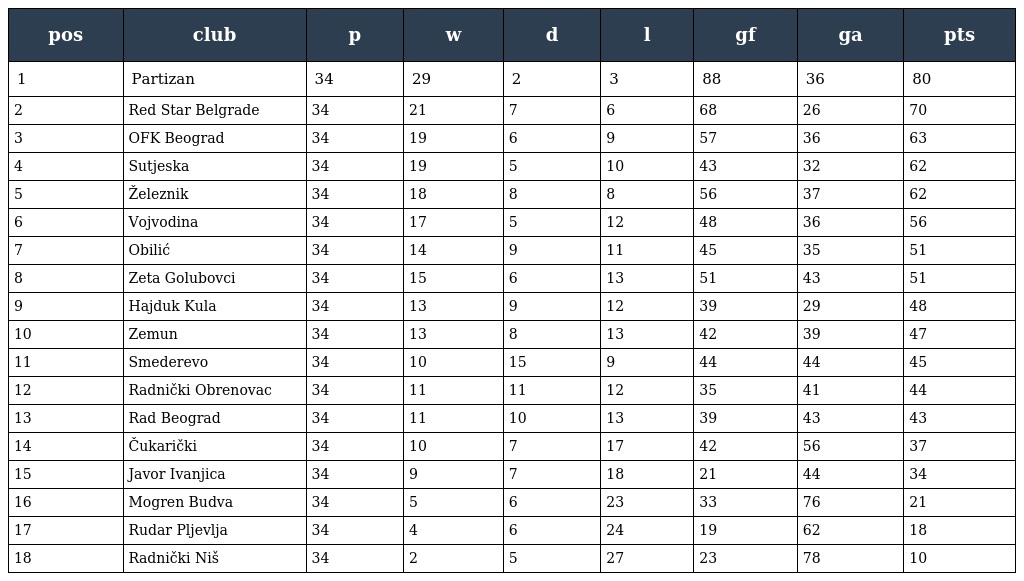
| pos | club | p | w | d | l | gf | ga | pts |
 | --- | --- | --- | --- | --- | --- | --- | --- | --- |
 | 1 | Partizan | 34 | 29 | 2 | 3 | 88 | 36 | 80 |
 | 2 | Red Star Belgrade | 34 | 21 | 7 | 6 | 68 | 26 | 70 |
 | 3 | OFK Beograd | 34 | 19 | 6 | 9 | 57 | 36 | 63 |
 | 4 | Sutjeska | 34 | 19 | 5 | 10 | 43 | 32 | 62 |
 | 5 | Železnik | 34 | 18 | 8 | 8 | 56 | 37 | 62 |
 | 6 | Vojvodina | 34 | 17 | 5 | 12 | 48 | 36 | 56 |
 | 7 | Obilić | 34 | 14 | 9 | 11 | 45 | 35 | 51 |
 | 8 | Zeta Golubovci | 34 | 15 | 6 | 13 | 51 | 43 | 51 |
 | 9 | Hajduk Kula | 34 | 13 | 9 | 12 | 39 | 29 | 48 |
 | 10 | Zemun | 34 | 13 | 8 | 13 | 42 | 39 | 47 |
 | 11 | Smederevo | 34 | 10 | 15 | 9 | 44 | 44 | 45 |
 | 12 | Radnički Obrenovac | 34 | 11 | 11 | 12 | 35 | 41 | 44 |
 | 13 | Rad Beograd | 34 | 11 | 10 | 13 | 39 | 43 | 43 |
 | 14 | Čukarički | 34 | 10 | 7 | 17 | 42 | 56 | 37 |
 | 15 | Javor Ivanjica | 34 | 9 | 7 | 18 | 21 | 44 | 34 |
 | 16 | Mogren Budva | 34 | 5 | 6 | 23 | 33 | 76 | 21 |
 | 17 | Rudar Pljevlja | 34 | 4 | 6 | 24 | 19 | 62 | 18 |
 | 18 | Radnički Niš | 34 | 2 | 5 | 27 | 23 | 78 | 10 |